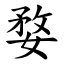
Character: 婺